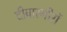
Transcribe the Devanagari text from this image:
दीवारगीरों